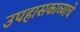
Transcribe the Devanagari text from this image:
उपहासकाव्याचे